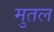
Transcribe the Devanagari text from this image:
मुतल